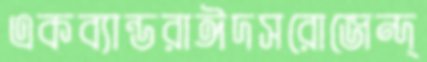
একব্যান্ডরাঈদসরোজেন্দ্